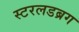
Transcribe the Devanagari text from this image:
स्टरलडब्रग